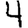
Digit: 4